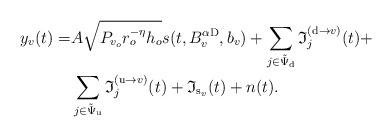
LaTeX: \begin{align*}\!\!\!\!\!\!\!\!\!\!\! y_{v}(t)= & A \sqrt{P_{v_o} r_o^{-\eta} h_o} s(t,B_{v}^{\alpha{\rm D}},b_{v}) + \sum_{j \in \tilde{\Psi}_{\rm d}} \mathfrak{I}^{({\rm d} \rightarrow v)}_{j}(t) + \\ & \sum_{j \in \tilde{\Psi}_{\rm u}} \mathfrak{I}^{({\rm u} \rightarrow v)}_{j}(t)+ \mathfrak{I}_{{\rm s}_{v}}(t) + n(t).\end{align*}